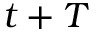
t + T